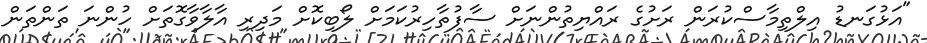
"އަޅުގަނޑު އިލްތިމާސްކުރަން ރަށުގެ ރައްޔިތުންނަށް ސާފުތާހިރުކަމަށް ލޯބިކޮށް މަދިރި އާލާވާގޮތަށް ހުންނަ ތަންތަން